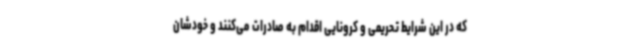
که در این شرایط تحریمی و کرونایی اقدام به صادرات می‌کنند و خودشان